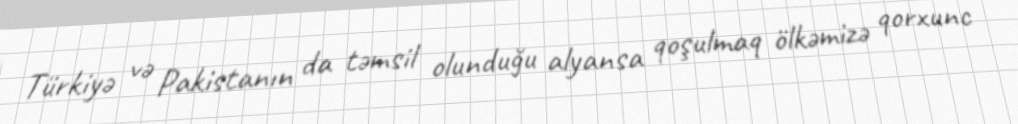
Türkiyə və Pakistanın da təmsil olunduğu alyansa qoşulmaq ölkəmizə qorxunc